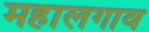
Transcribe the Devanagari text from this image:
महालगाव